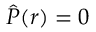
\hat { \boldsymbol P } ( \boldsymbol r ) = 0